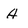
Character: A